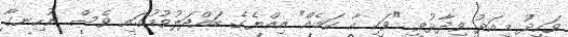
ވަހީދު މިއަދު ވިދާޅުވީ "ވަކި އާ ކަމެއް" އިއްޔެގެ ބައްދަލުވުމުގައި ވެސް ނުހިނގާ